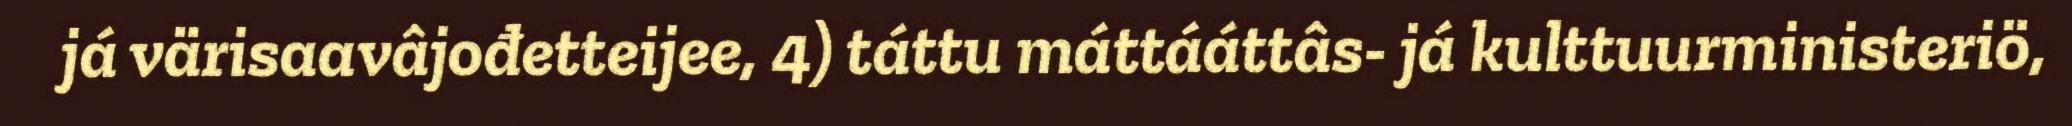
já värisaavâjođetteijee, 4) táttu máttááttâs- já kulttuurministeriö,